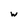
Character: w